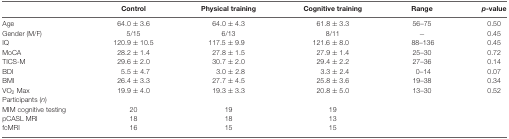
|  | Control | Physical training | Cognitive training | Range | p-value |
 | --- | --- | --- | --- | --- | --- |
 | Age | 64.0 ± 3.6 | 64.0 ± 4.3 | 61.8 ± 3.3 | 56–75 | 0.50 |
 | Gender (M/F) | 5/15 | 6/13 | 8/11 | − | 0.45 |
 | IQ | 120.9 ± 10.5 | 117.5 ± 9.9 | 121.6 ± 8.0 | 88–136 | 0.45 |
 | MoCA | 28.2 ± 1.4 | 27.8 ± 1.5 | 27.9 ± 1.4 | 25–30 | 0.72 |
 | TICS-M | 29.6 ± 2.0 | 30.7 ± 2.0 | 29.4 ± 2.2 | 27–36 | 0.14 |
 | BDI | 5.5 ± 4.7 | 3.0 ± 2.8 | 3.3 ± 2.4 | 0–14 | 0.07 |
 | BMI | 26.4 ± 3.3 | 27.7 ± 4.5 | 25.8 ± 3.6 | 19–38 | 0.34 |
 | VO2 Max | 19.9 ± 4.0 | 19.3 ± 3.3 | 20.8 ± 5.0 | 13–30 | 0.52 |
 | Participants (n) |  |  |  |  |  |
 | MIM cognitive testing | 20 | 19 | 19 |  |  |
 | pCASL MRI | 18 | 18 | 13 |  |  |
 | fcMRI | 16 | 15 | 15 |  |  |